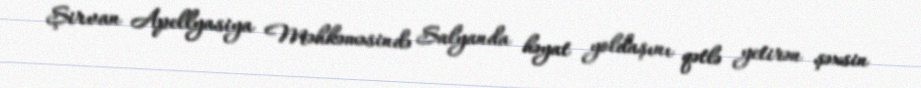
Şirvan Apellyasiya Məhkəməsində Salyanda həyat yoldaşını qətlə yetirən şəxsin